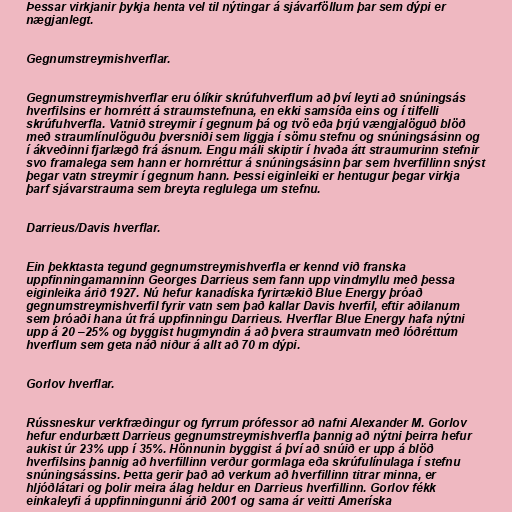
Þessar virkjanir þykja henta vel til nýtingar á sjávarföllum þar sem dýpi er
nægjanlegt.

Gegnumstreymishverflar.

Gegnumstreymishverflar eru ólíkir skrúfuhverflum að því leyti að snúningsás
hverfilsins er hornrétt á straumstefnuna, en ekki samsíða eins og í tilfelli
skrúfuhverfla. Vatnið streymir í gegnum þá og tvö eða þrjú vængjalöguð blöð
með straumlínulöguðu þversniði sem liggja í sömu stefnu og snúningsásinn og
í ákveðinni fjarlægð frá ásnum. Engu máli skiptir í hvaða átt straumurinn stefnir
svo framalega sem hann er hornréttur á snúningsásinn þar sem hverfillinn snýst
þegar vatn streymir í gegnum hann. Þessi eiginleiki er hentugur þegar virkja
þarf sjávarstrauma sem breyta reglulega um stefnu.

Darrieus/Davis hverflar.

Ein þekktasta tegund gegnumstreymishverfla er kennd við franska
uppfinningamanninn Georges Darrieus sem fann upp vindmyllu með þessa
eiginleika árið 1927. Nú hefur kanadíska fyrirtækið Blue Energy þróað
gegnumstreymishverfil fyrir vatn sem það kallar Davis hverfil, eftir aðilanum
sem þróaði hana út frá uppfinningu Darrieus. Hverflar Blue Energy hafa nýtni
upp á 20 –25% og byggist hugmyndin á að þvera straumvatn með lóðréttum
hverflum sem geta náð niður á allt að 70 m dýpi.

Gorlov hverflar.

Rússneskur verkfræðingur og fyrrum prófessor að nafni Alexander M. Gorlov
hefur endurbætt Darrieus gegnumstreymishverfla þannig að nýtni þeirra hefur
aukist úr 23% upp í 35%. Hönnunin byggist á því að snúið er upp á blöð
hverfilsins þannig að hverfillinn verður gormlaga eða skrúfulínulaga í stefnu
snúningsássins. Þetta gerir það að verkum að hverfillinn titrar minna, er
hljóðlátari og þolir meira álag heldur en Darrieus hverfillinn. Gorlov fékk
einkaleyfi á uppfinningunni árið 2001 og sama ár veitti Ameríska